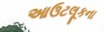
આઉટલૂકના